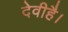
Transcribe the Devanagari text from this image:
देवीहै।